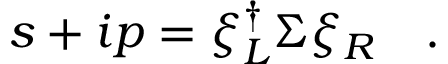
s + i p = \xi _ { L } ^ { \dagger } \Sigma \xi _ { R } \quad .